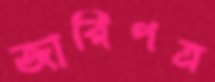
জারিপত্র